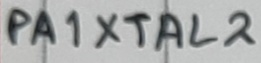
Text: PA1XTAL2